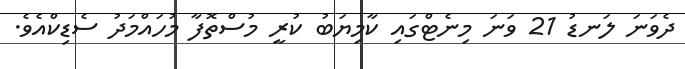
ދެވަނަ ލަނޑު 21 ވަނަ މިނެޓްގައި ކާމިޔަބު ކުރީ މުސްތޮފާ މުހައްމަދު ސެޑިކްއެވެ.